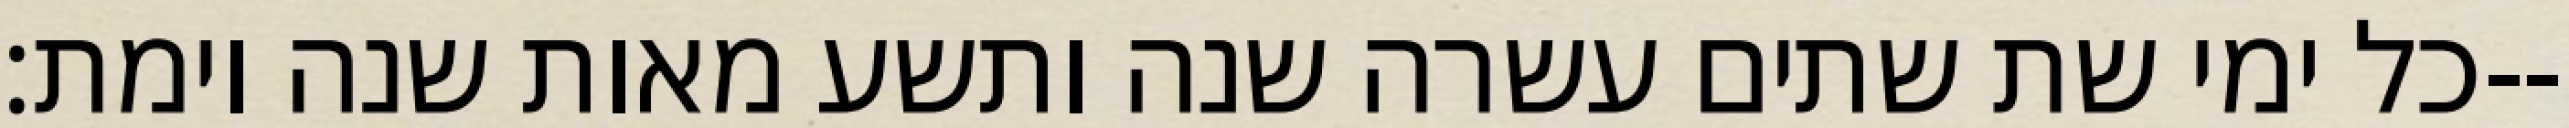
כל ימי שת שתים עשרה שנה ותשע מאות שנה וימת׃--